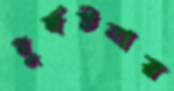
দুর্ঘটনায়